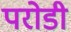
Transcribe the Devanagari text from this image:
परोडी